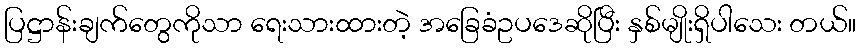
ပြဋ္ဌာန်းချက်တွေကိုသာ ရေးသားထားတဲ့ အခြေခံဥပဒေဆိုပြီး နှစ်မျိုးရှိပါသေး တယ်။